Civil Veterinary Department. Madras. Admin. report 1926-33 - 1926-1933
Year: 1926
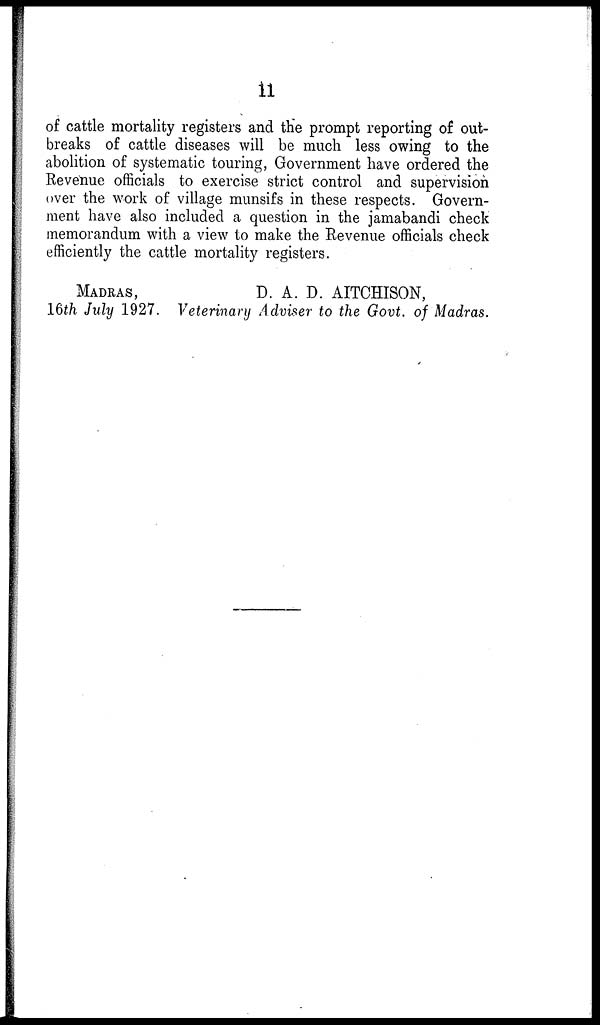
11
of cattle mortality registers and the prompt reporting of out-
breaks of cattle diseases will be much less owing to the
abolition of systematic touring, Government have ordered the
Revenue officials to exercise strict control and supervision
over the work of village munsifs in these respects. Govern-
ment have also included a question in the jamabandi check
memorandum with a view to make the Revenue officials check
efficiently the cattle mortality registers.
MADRAS,
16th July 1927.
D. A. D. AITCHISON,
Veterinary Adviser to the Govt. of Madras.